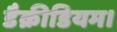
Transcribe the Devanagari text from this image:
डैक्रीडियम।